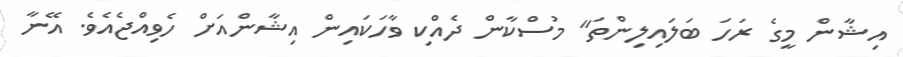
އިޝާން މީގެ ރަހަ ބަލައިލިންތަ" މުސްކާން ދެއްކި ވާހަކައިން އިޝާންއަށް ހެވިއްޖެއެވެ. އޭނާ